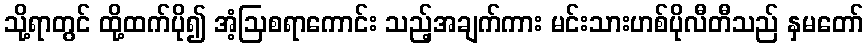
သို့ရာတွင် ထို့ထက်ပို၍ အံ့ဩစရာကောင်း သည့်အချက်ကား မင်းသားဟစ်ပိုလီတီသည် နှမတော်